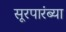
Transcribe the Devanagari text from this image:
सूरपारंब्या